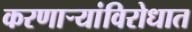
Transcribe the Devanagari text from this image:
करणार्‍यांविरोधात